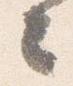
々